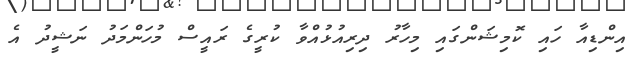
އިންޑިއާ ހައި ކޮމިޝަންގައި މިހާރު ދިރިއުޅުއްވާ ކުރީގެ ރައީސް މުހަންމަދު ނަޝީދު އެ